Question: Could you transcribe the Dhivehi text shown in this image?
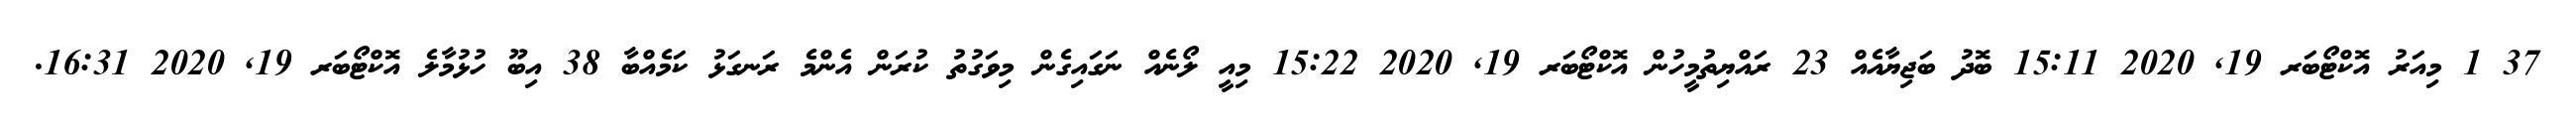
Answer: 37 1 މިއަރު އޮކްޓޯބަރ 19, 2020 15:11 ބޮދު ބަޖިޔާއެއް 23 ރައްޔިތުމީހުން އޮކްޓޯބަރ 19, 2020 15:22 މިއީ ލޯނެއް ނަގައިގެން މިވަގުތު ކުރަން އެންމެ ރަނގަޅު ކަމެއްބާ 38 އިބޫ ހުޅުމާލެ އޮކްޓޯބަރ 19, 2020 16:31.